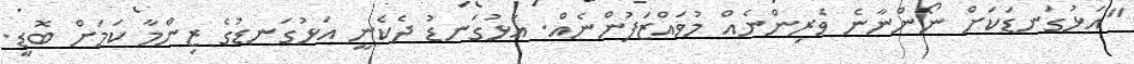
"އަޅުގަނޑަކަށް ނޯންނާނެ ވެރިންނެއް މުވައްޒަފުންނެއް. އަޅުގަނޑު ދެކެނީ އަޅުގަނޑުގެ ޒިންމާ ކަމަށް ބޮޑީ.